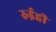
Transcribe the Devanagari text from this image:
रुईही